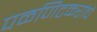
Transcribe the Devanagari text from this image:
पळणिटकरांचे